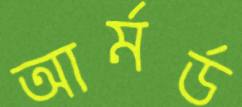
আর্মর্ড